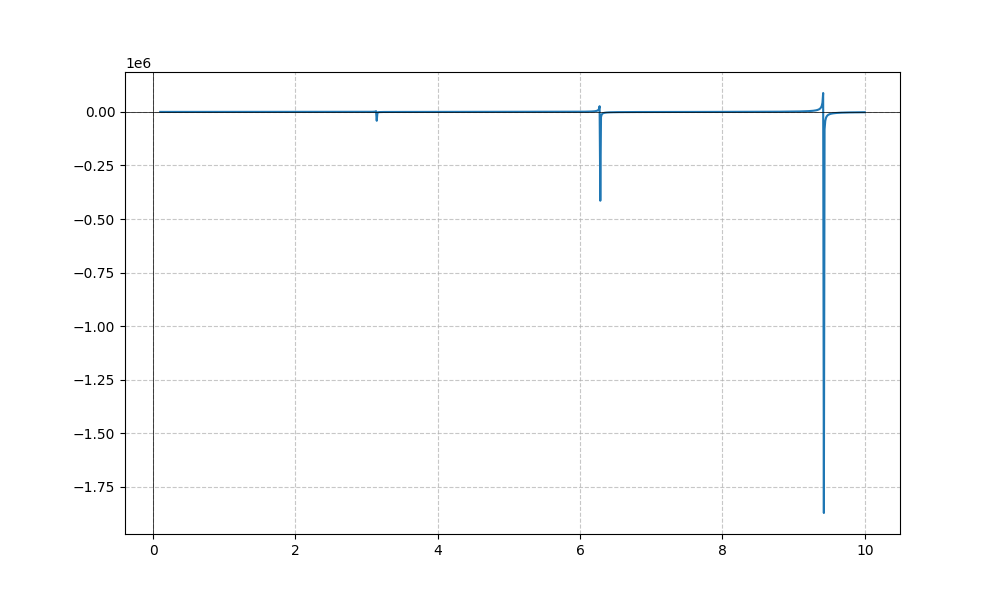
LaTeX formula: - x^{3} \cot{\left(x \right)}